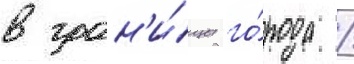
в гран'и́цы го́рода /